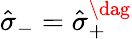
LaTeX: \hat{\sigma}_{-}=\hat{\sigma}_{+}^{\dag}